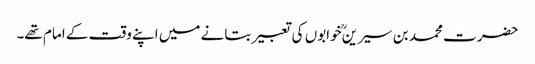
حضرت محمد بن سیرینؒ خوابوں کی تعبیر بتانے میں اپنے وقت کے امام تھے۔